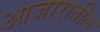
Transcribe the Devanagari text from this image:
आजारातील